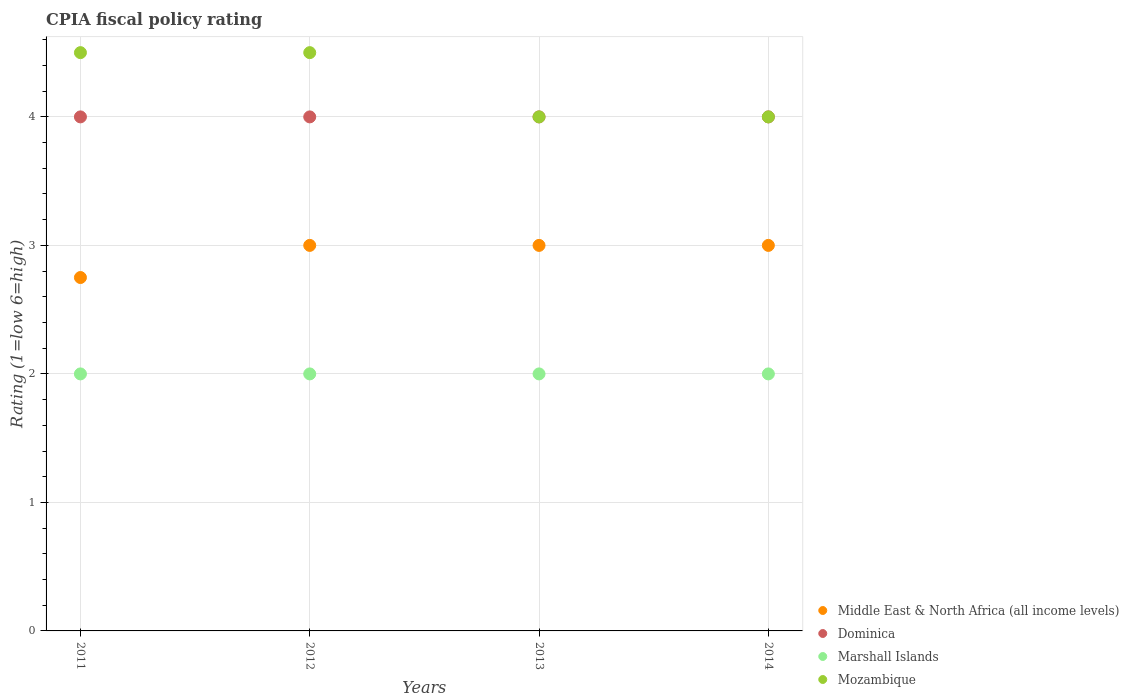
| Years | Middle East & North Africa (all income levels) | Dominica | Marshall Islands | Mozambique |
 | --- | --- | --- | --- | --- |
 | 2011 | 2.75 | 4 | 2 | 4.5 |
 | 2012 | 3 | 4 | 2 | 4.5 |
 | 2013 | 3 | 4 | 2 | 4 |
 | 2014 | 3 | 4 | 2 | 4 |